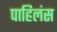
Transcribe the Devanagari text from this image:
पाहिलंस